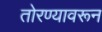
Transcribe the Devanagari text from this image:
तोरण्यावरून